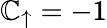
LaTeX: \mathbb{C}_{\uparrow}=-1